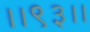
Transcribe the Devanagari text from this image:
।।९३।।